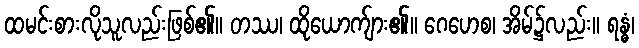
ထမင်းစားလိုသူလည်းဖြစ်၏။ တဿ၊ ထိုယောက်ျား၏။ ဂေဟေစ၊ အိမ်၌လည်း။ ရန္ဓံ၊